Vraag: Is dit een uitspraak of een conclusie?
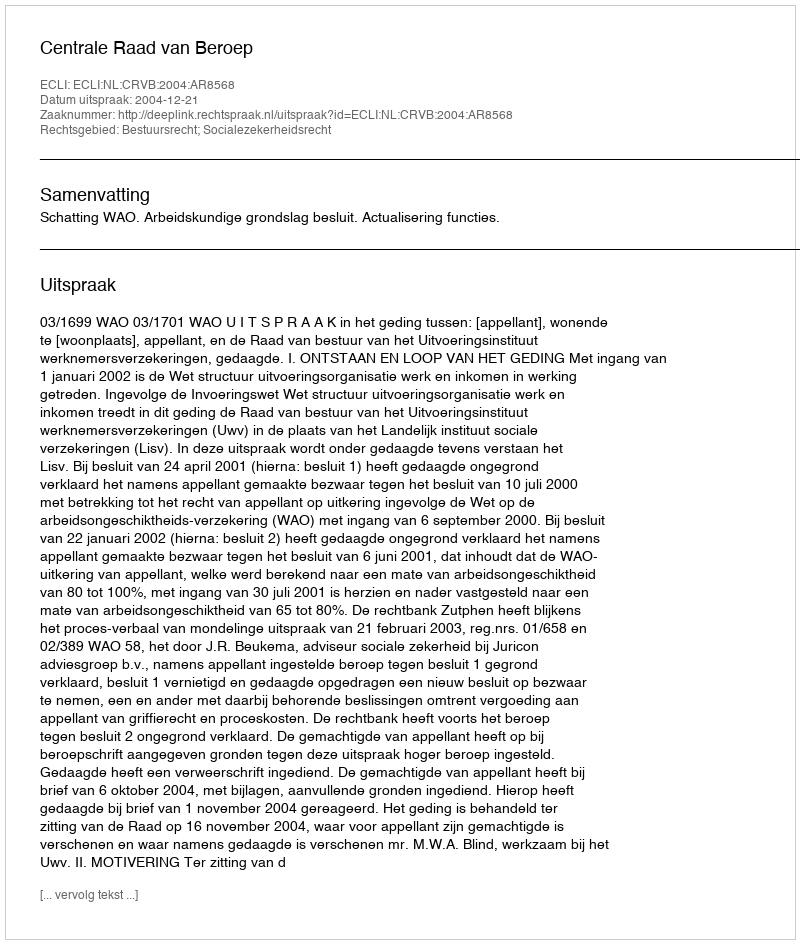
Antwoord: Uitspraak